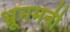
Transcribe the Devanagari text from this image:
भ्रूनमनी